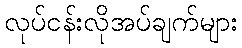
လုပ်ငန်းလိုအပ်ချက်များ